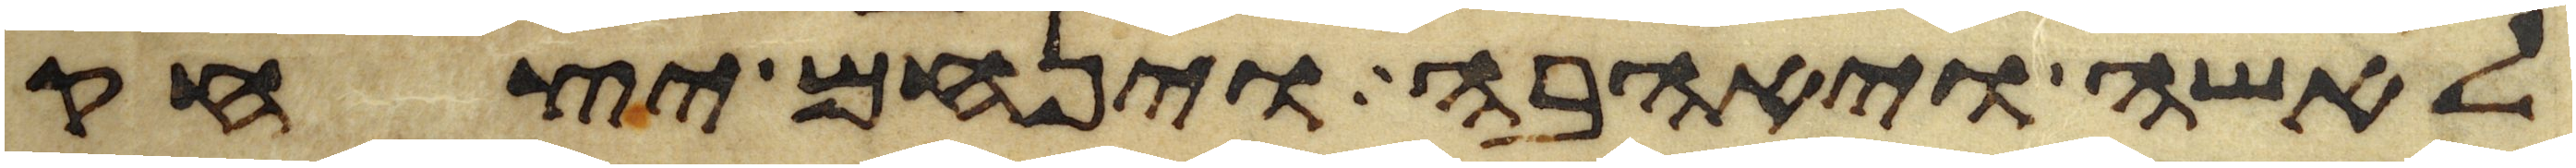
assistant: לאשה ויאהבה וינחם יצחק